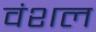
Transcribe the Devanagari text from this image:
वंशल